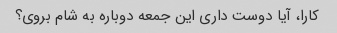
کارا، آیا دوست داری این جمعه دوباره به شام ​​بروی؟